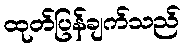
ထုတ်ပြန်ချက်သည်